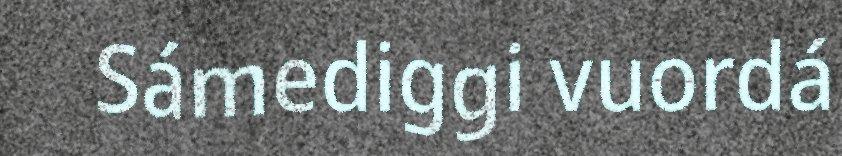
Sámediggi vuordá